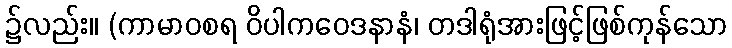
၌လည်း။ (ကာမာဝစရ ဝိပါကဝေဒနာနံ၊ တဒါရုံအားဖြင့်ဖြစ်ကုန်သော